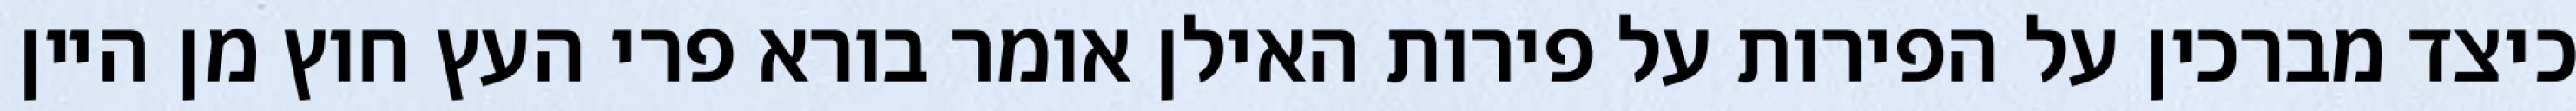
כיצד מברכין על הפירות על פירות האילן אומר בורא פרי העץ חוץ מן היין